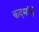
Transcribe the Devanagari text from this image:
कदमांचे